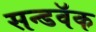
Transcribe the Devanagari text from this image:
सन्डवॅक